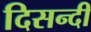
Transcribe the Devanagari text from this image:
दिसन्दी